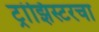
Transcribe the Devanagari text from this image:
ट्रांझिस्टरचा